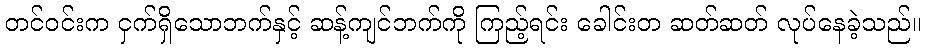
တင်ဝင်းက ငှက်ရှိသောဘက်နှင့် ဆန့်ကျင်ဘက်ကို ကြည့်ရင်း ခေါင်းတ ဆတ်ဆတ် လုပ်နေခဲ့သည်။